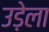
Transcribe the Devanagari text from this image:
उड़ेला